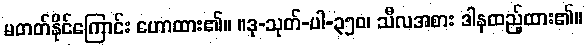
မတတ်နိုင်ကြောင်း ဟောထား၏။ ။ဒု-သုတ်-ပါ-၃၅၀၊ သီလအစား ဒါနထည့်ထား၏။